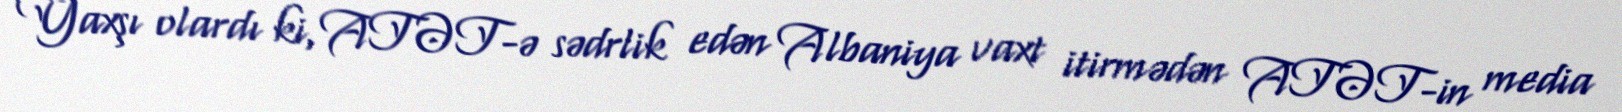
Yaxşı olardı ki, ATƏT-ə sədrlik edən Albaniya vaxt itirmədən ATƏT-in media